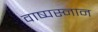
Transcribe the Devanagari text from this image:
वाष्पस्नान